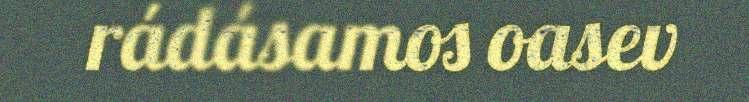
rádásamos oasev